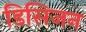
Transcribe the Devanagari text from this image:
डिसिजन